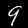
Digit: 9